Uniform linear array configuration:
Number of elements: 4
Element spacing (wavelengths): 1
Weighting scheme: kaiser
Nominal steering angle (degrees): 30
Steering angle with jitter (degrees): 28.72
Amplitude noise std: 0.05
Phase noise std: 0.05

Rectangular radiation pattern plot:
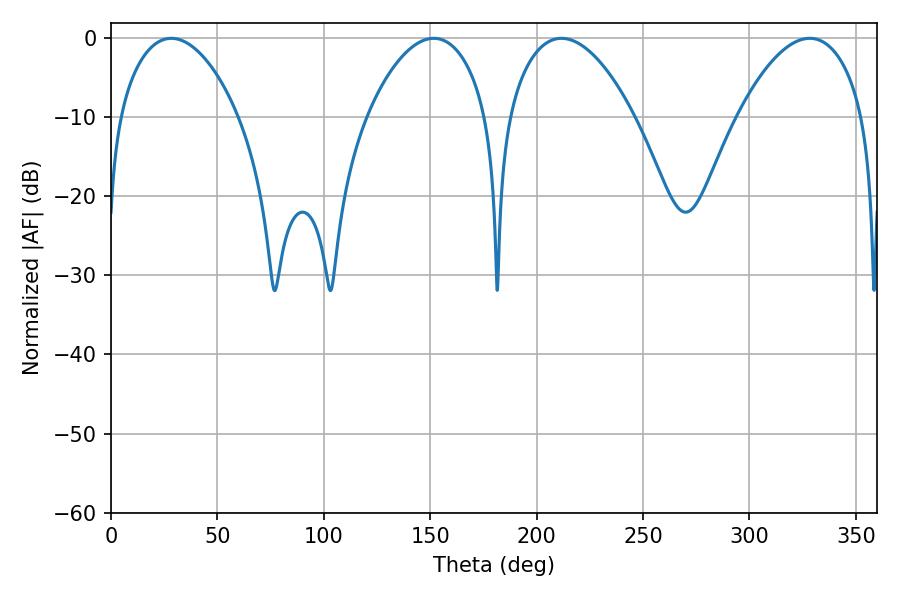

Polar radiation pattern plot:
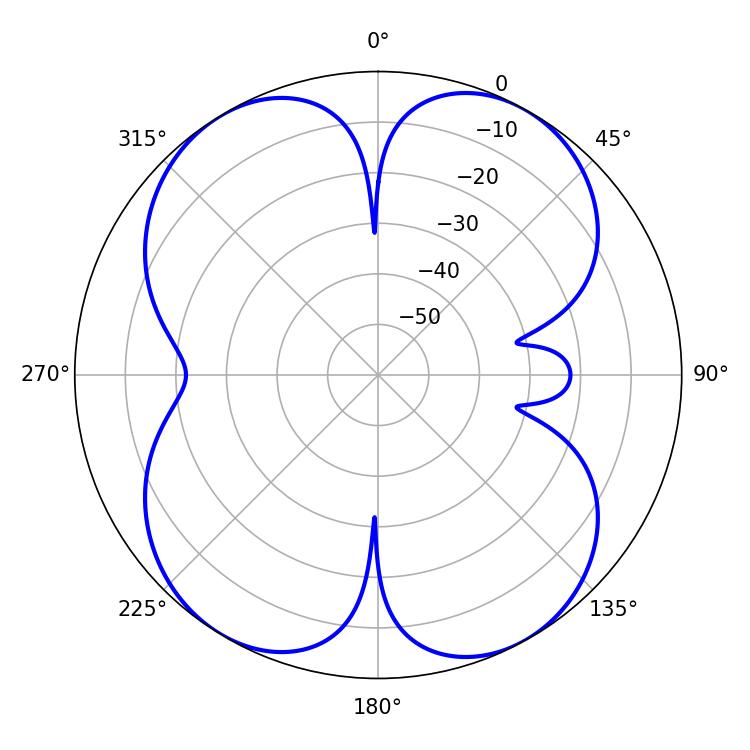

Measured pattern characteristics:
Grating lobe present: TRUE
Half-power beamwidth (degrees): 32.94
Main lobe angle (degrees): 211.68